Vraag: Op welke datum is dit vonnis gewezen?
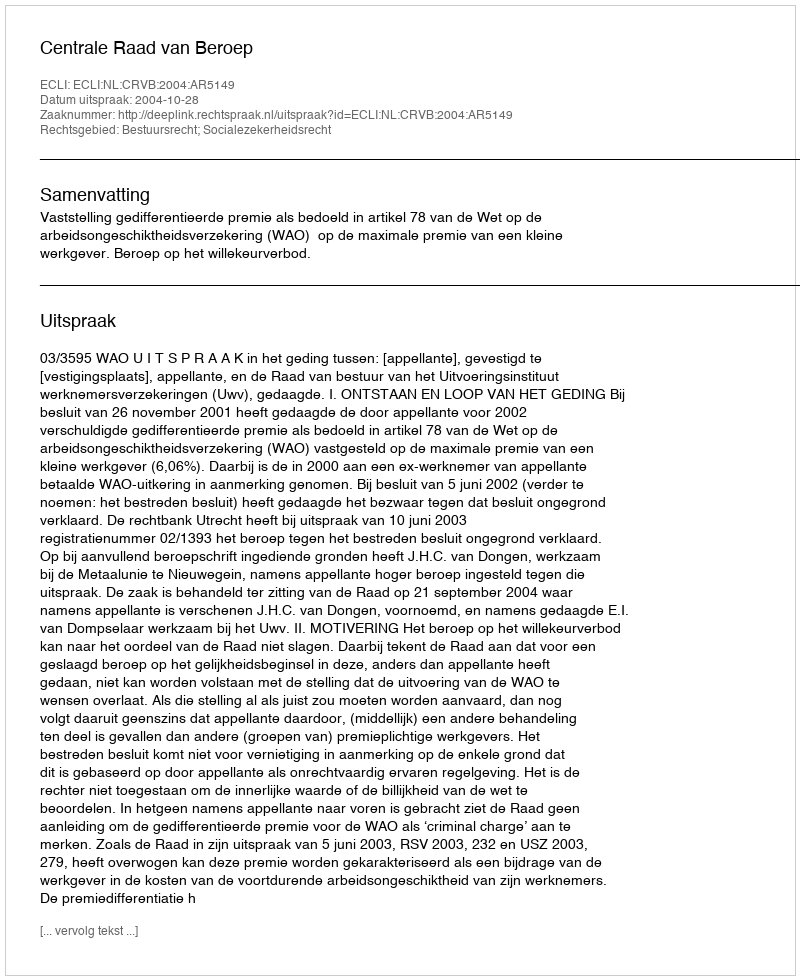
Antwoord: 2004-10-28